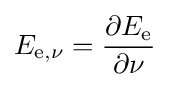
E_{\mathrm {e} ,\nu }={\frac {\partial E_{\mathrm {e} }}{\partial \nu }}